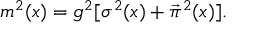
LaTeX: m ^ { 2 } ( x ) = g ^ { 2 } [ \sigma ^ { 2 } ( x ) + \vec { \pi } ^ { 2 } ( x ) ] .